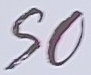
SO